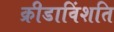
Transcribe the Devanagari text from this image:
क्रीडाविंशति